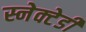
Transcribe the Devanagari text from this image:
स्नेक्टेडी